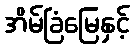
အိမ်ခြံမြေနှင့်